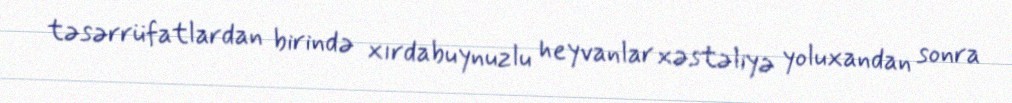
təsərrüfatlardan birində xırdabuynuzlu heyvanlar xəstəliyə yoluxandan sonra